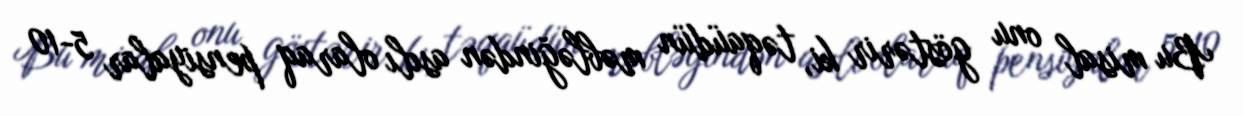
Bu misal onu göstərir ki, təqaüdün məbləğindən asılı olaraq pensiyalar 5-10